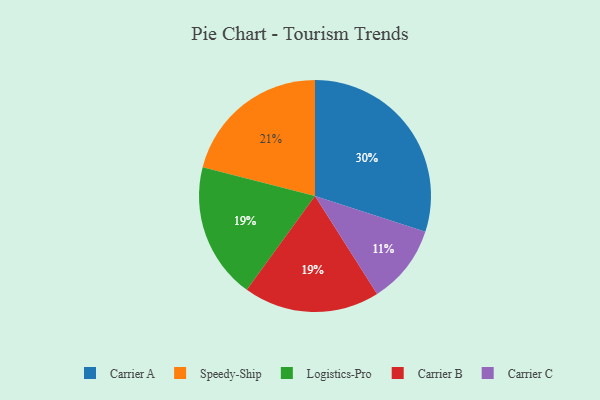
{"axis": {"x": "Category", "y": "Percentage"}, "legend": ["Carrier A", "Carrier B", "Carrier C", "Logistics-Pro", "Speedy-Ship"], "data": [{"x": "Logistics-Pro", "y": 19, "type": "Logistics-Pro"}, {"x": "Speedy-Ship", "y": 21, "type": "Speedy-Ship"}, {"x": "Carrier B", "y": 19, "type": "Carrier B"}, {"x": "Carrier C", "y": 11, "type": "Carrier C"}, {"x": "Carrier A", "y": 30, "type": "Carrier A"}]}